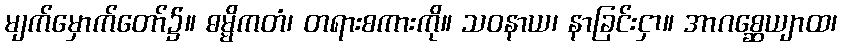
မျက်မှောက်တော်၌။ ဓမ္မိကတံ၊ တရားစကားကို။ သဝနာယ၊ နာခြင်းငှာ။ အာဂစ္ဆေယျာထ၊